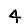
Digit: 4